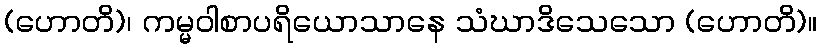
(ဟောတိ)၊ ကမ္မဝါစာပရိယောသာနေ သံဃာဒိသေသော (ဟောတိ)။